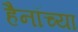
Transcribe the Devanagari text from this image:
हैनॉच्या